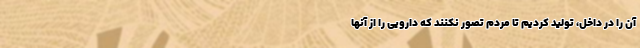
آن را در داخل، تولید کردیم تا مردم تصور نکنند که دارویی را از آنها